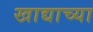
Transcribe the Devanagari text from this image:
खाद्याच्या